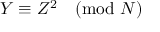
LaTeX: Y \equiv Z ^ { 2 } { \pmod { N } }